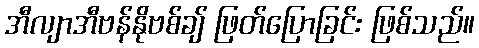
အီလျာအီဗန်နိုဗစ်ချ် ဖြတ်ပြောခြင်း ဖြစ်သည်။